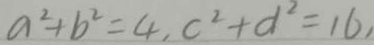
a ^ { 2 } + b ^ { 2 } = 4 , c ^ { 2 } + d ^ { 2 } = 1 6 ,